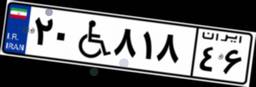
۲۰W۸۱۸۴۶